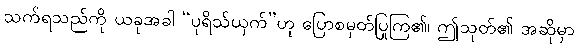
သက်ရသည်ကို ယခုအခါ “ပုရိသ်ယှက်”ဟု ပြောစမှတ်ပြုကြ၏၊ ဤသုတ်၏ အဆိုမှာ